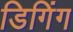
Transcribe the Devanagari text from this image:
डिगिंग